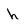
Character: h